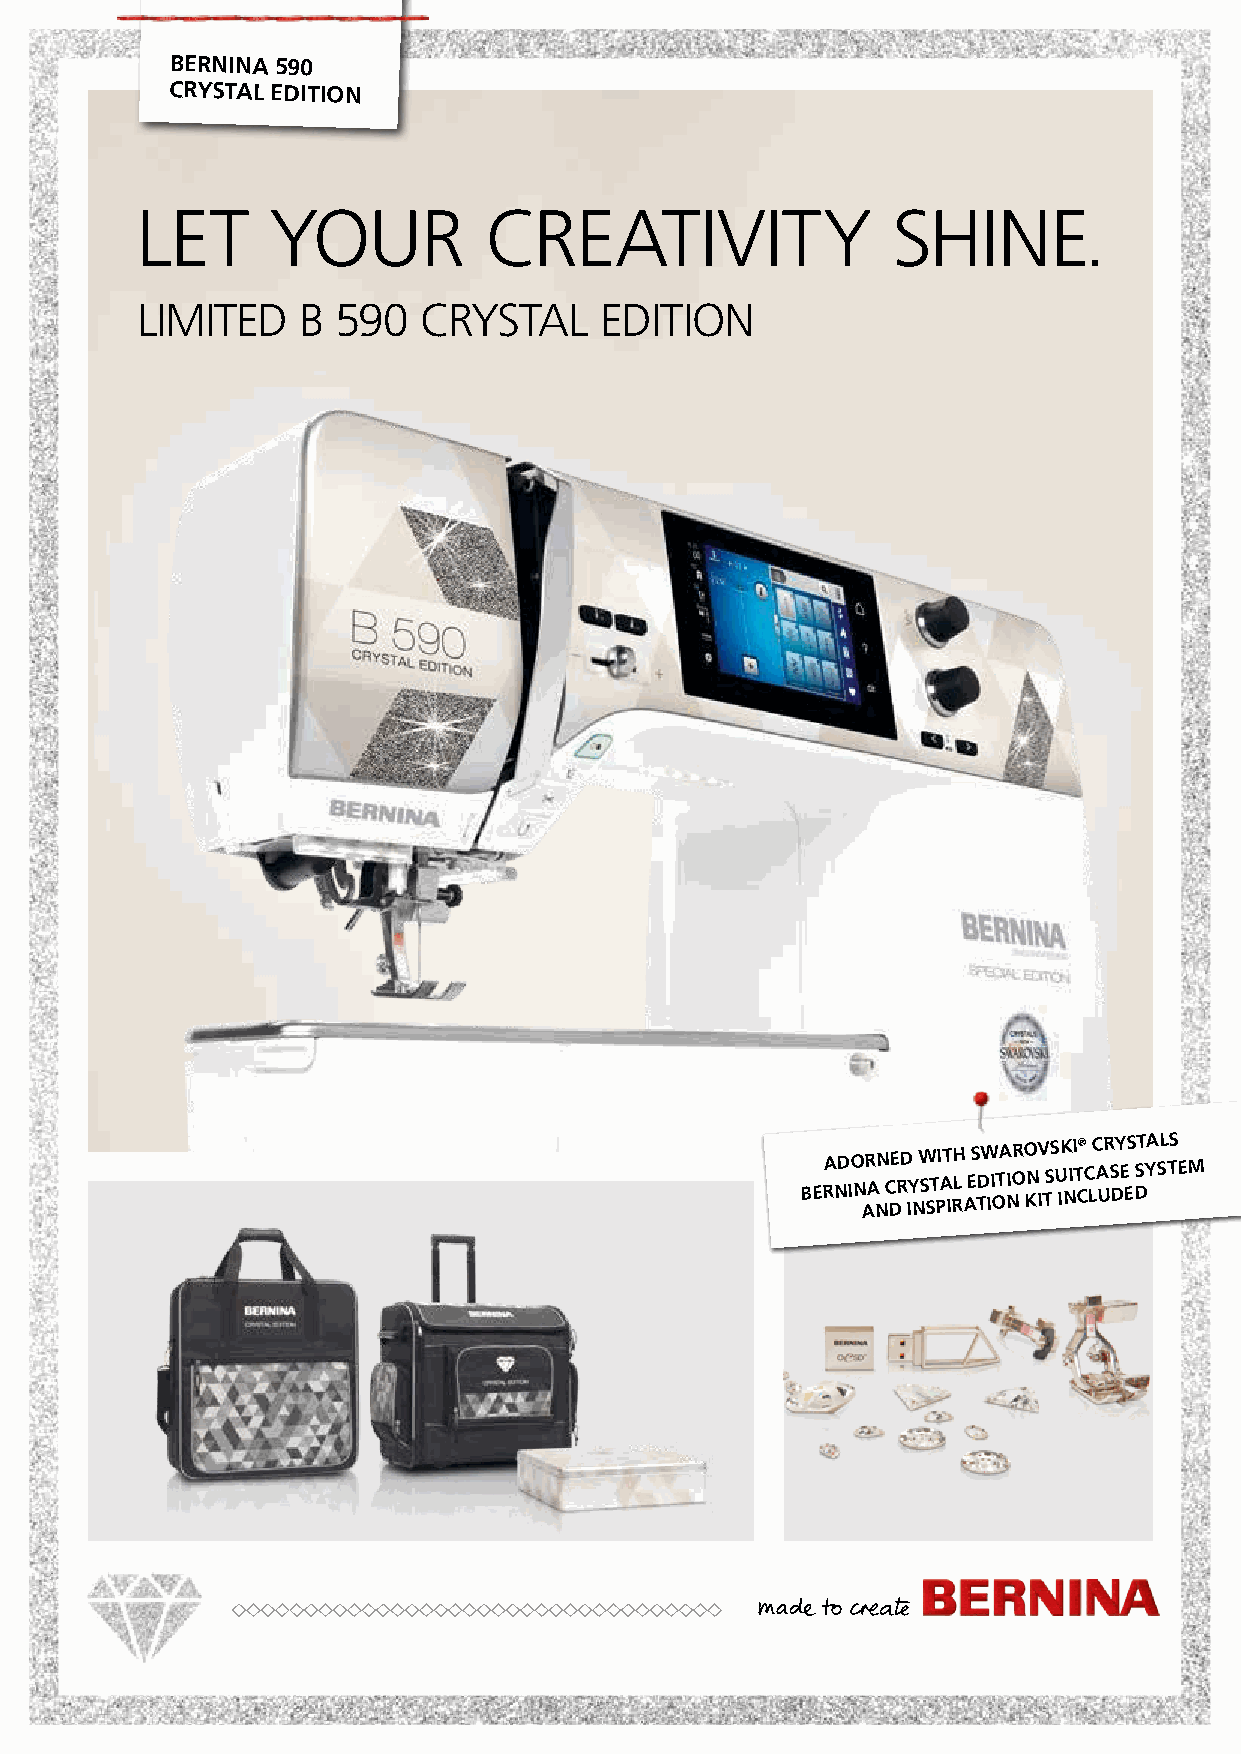
BERNINA 590
 CRYSTAL EDITION
 LET      YOUR          CREATIVITY                 SHINE
 .
 LIMITED    B 590   CRYSTAL     EDITION
 BERA ND IO N AR A NN C DE RD IY
 N
 W S ST PI AT IRLH
 A
 ES TDW II OTA I NOR O KN IV TSS U IK NII T C® C LC A UR S DY E ES DST YA SL TS EM